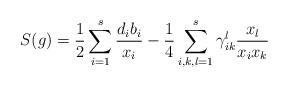
LaTeX: \begin{align*}S(g)=\frac12\sum_{i=1}^s\frac{d_ib_i}{x_i}-\frac14\sum_{i,k,l=1}^s\gamma_{ik}^l\frac{x_l}{x_ix_k}\end{align*}